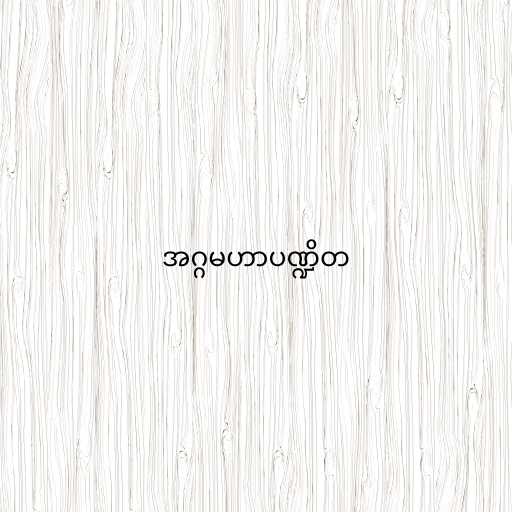
အဂ္ဂမဟာပဏ္ဍိတ